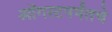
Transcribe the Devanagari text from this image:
ऑगस्टपर्यंतचे